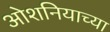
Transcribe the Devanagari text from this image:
ओशनियाच्या